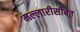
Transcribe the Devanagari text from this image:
मल्लारीसोबत